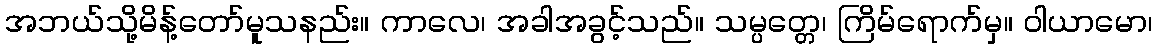
အဘယ်သို့မိန့်တော်မူသနည်း။ ကာလေ၊ အခါအခွင့်သည်။ သမ္ပတ္တေ၊ ကြိမ်ရောက်မှ။ ဝါယာမော၊